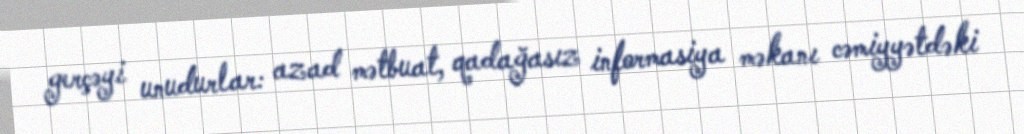
gerçəyi unudurlar: azad mətbuat, qadağasız informasiya məkanı cəmiyyətdəki